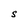
Character: S